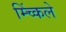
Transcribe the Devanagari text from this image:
म्च्किंले